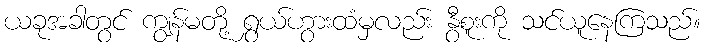
ယခုအခါတွင် ကျွန်မတို့ ရွှယ်ဟွားထံမှလည်း နွီစူးကို သင်ယူနေကြသည်။